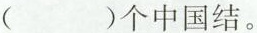
()个中国结。